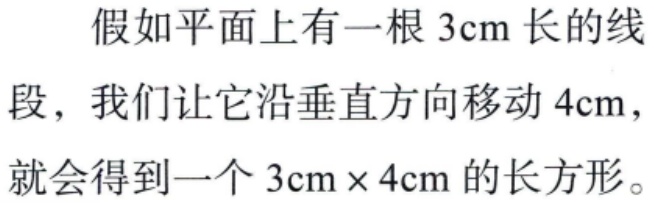
假如平面上有一根 \(3\text{cm}\) 长的线段，我们让它沿垂直方向移动 \(4\text{cm}\)，就会得到一个 \(3\text{cm} \times 4\text{cm}\) 的长方形。